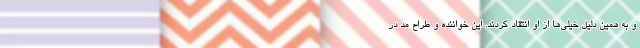
و به همین دلیل خیلی‌ها از او انتقاد کردند. این خواننده و طراح مد در